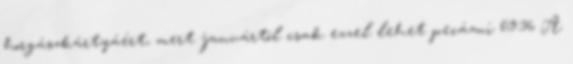
horgászkártyáért, mert januártól csak ezzel lehet pecázni 09:36 A